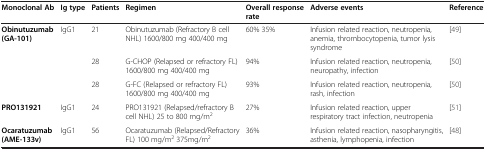
<table><thead><tr><td><b>Monoclonal Ab</b></td><td><b>Ig type</b></td><td><b>Patients</b></td><td><b>Regimen</b></td><td><b>Overall responserate</b></td><td><b>Adverse events</b></td><td><b>Reference</b></td></tr></thead><tbody><tr><td rowspan="3"><b>Obinutuzumab (GA-101)</b></td><td rowspan="3">IgG1</td><td>21</td><td>Obinutuzumab (Refractory B cell NHL) 1600/800 mg 400/400 mg</td><td>60% 35%</td><td>Infusion related reaction, neutropenia, anemia, thrombocytopenia, tumor lysis syndrome</td><td>[49]</td></tr><tr><td>28</td><td>G-CHOP (Relapsed or refractory FL) 1600/800 mg 400/400 mg</td><td>94%</td><td>Infusion related reaction, neutropenia, neuropathy, infection</td><td>[50]</td></tr><tr><td>28</td><td>G-FC (Relapsed or refractory FL) 1600/800 mg 400/400 mg</td><td>93%</td><td>Infusion related reaction, neutropenia, rash, infection</td><td>[50]</td></tr><tr><td><b>PRO131921</b></td><td>IgG1</td><td>24</td><td>PRO131921 (Relapsed/refractory B cell NHL) 25 to 800 mg/m<sup>2</sup></td><td>27%</td><td>Infusion related reaction, upper respiratory tract infection, neutropenia</td><td>[51]</td></tr><tr><td><b>Ocaratuzumab (AME-133v)</b></td><td>IgG1</td><td>56</td><td>Ocaratuzumab (Relapsed/Refractory FL) 100 mg/m<sup>2</sup> 375mg/m<sup>2</sup></td><td>36%</td><td>Infusion related reaction, nasopharyngitis, asthenia, lymphopenia, infection</td><td>[48]</td></tr></tbody></table>